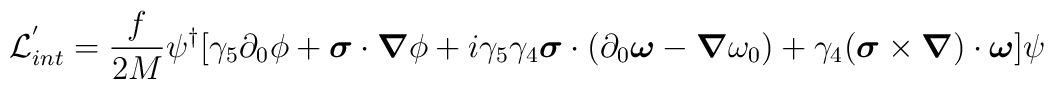
{\cal L}_{int}^{'} = \frac{f}{2M} \psi^{\dag} [\gamma_{5} \partial_{0} \phi+ \mbox{\boldmath $\sigma$} \cdot \mbox{\boldmath $\nabla$} \phi + i \gamma_{5} \gamma_{4} \mbox{\boldmath $\sigma$} \cdot(\partial_{0} \mbox{\boldmath $\omega$} - \mbox{\boldmath $\nabla$} \omega_{0})+ \gamma_{4} (\mbox{\boldmath $\sigma$} \times \mbox{\boldmath $\nabla$}) \cdot \mbox{\boldmath $\omega$}] \psi